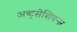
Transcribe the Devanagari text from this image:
अब्ट्सेशियन्स